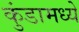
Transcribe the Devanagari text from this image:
कुंडामध्ये